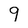
Character: 9